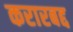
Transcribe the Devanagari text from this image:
करारबद्द